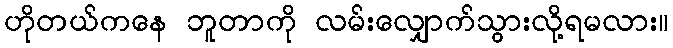
ဟိုတယ်ကနေ ဘူတာကို လမ်းလျှောက်သွားလို့ရမလား။